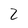
Character: 2